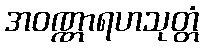
အဝဏ္ဏာရဟသုတ္တံ